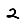
Digit: 2